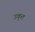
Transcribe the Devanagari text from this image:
उकृत